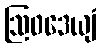
ဩဝဒေယျံ